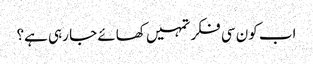
اب کون سی فکر تمہیں کھائے جا رہی ہے؟